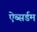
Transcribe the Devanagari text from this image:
ऐब्सर्डम